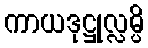
ကာယဒုဋ္ဌုလ္လမ္ပိ